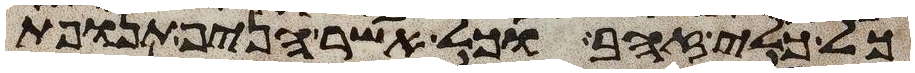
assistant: כל כלי זהב וכל אשר הניף תנופת